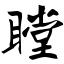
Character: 瞠